Report of an investigation of the epidemic of malarial fever in Assam, or, kala-azar
Disease focus: Malaria
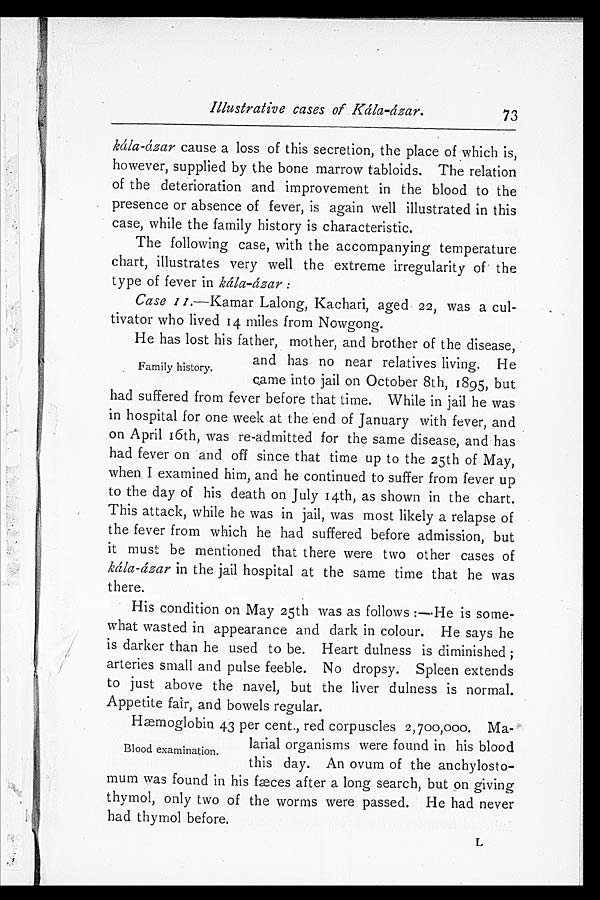
Illustrative cases of
kála-ázar. kála-ázar cause a loss of this secretion, the place of which is,
however, supplied by the bone marrow tabloids. The relation
of the deterioration and improvement in the blood to the
presence or absence of fever, is again well illustrated in this
case, while the family history is characteristic.
The following case, with the accompanying temperature
chart, illustrates very well the extreme irregularity of the
type of fever in kála-ázar:
Case II .—Kamar Lalong, Kachari, aged 22, was a cul
-tivator who lived 14 miles from Nowgong.
He has lost his father, mother, and brother of the disease,
and has no near relatives living. He
came into jail on October 8th, 1895, but
had suffered from fever before that time. While in jail he was
in hospital for one week at the end of January with fever, and
on April 16th, was re-admitted for the same disease, and has
had fever on and off since that time up to the 25th of May,
when I examined him, and he continued to suffer from fever up
to the day of his death on July i4th, as shown in the chart.
This attack, while he was in jail, was most likely a relapse of
the fever from which he had suffered before admission, but
it must be mentioned that there were two other cases of
kála-ázar in the jail hospital at the same time that he was
there.
His condition on May 25th was as follows:—He is some
- w h a t w a s t e d i n a p p e a r a n c e a n d d a r k i n c o l o u r . H e s a y s h e
is darker than he used to be. Heart dulness is diminished;
arteries small and pulse feeble. No dropsy. Spleen extends
to just above the navel, but the liver dulness is normal.
Appetite fair, and bowels regular.
Hæmoglobin 43 per cent., red corpuscles 2,700,000. Ma-
larial organisms were found in his blood
this day. An ovum of the anchylosto-
mum was found in his fæces after a long search, but on giving
thymol, only two of the worms were passed. He had never
had thymol before.
73
Family history.
Blood examination.
L